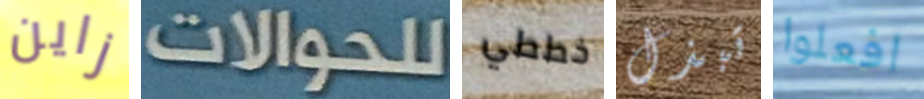
زاين للحوالات خططي تبذل افعلوا